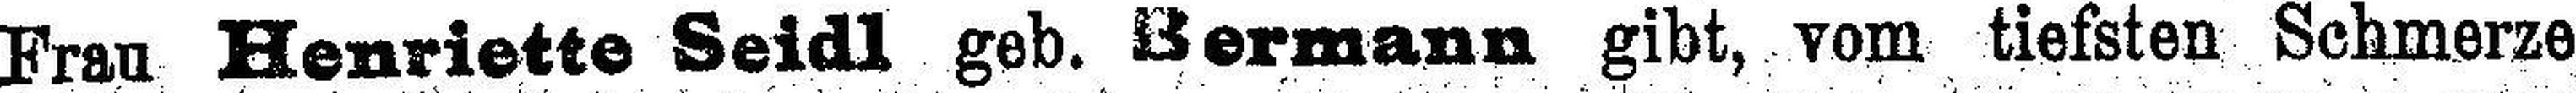
Frau Henriette Seidl geb. Bermann gibt, vom tiefsten Schmerze